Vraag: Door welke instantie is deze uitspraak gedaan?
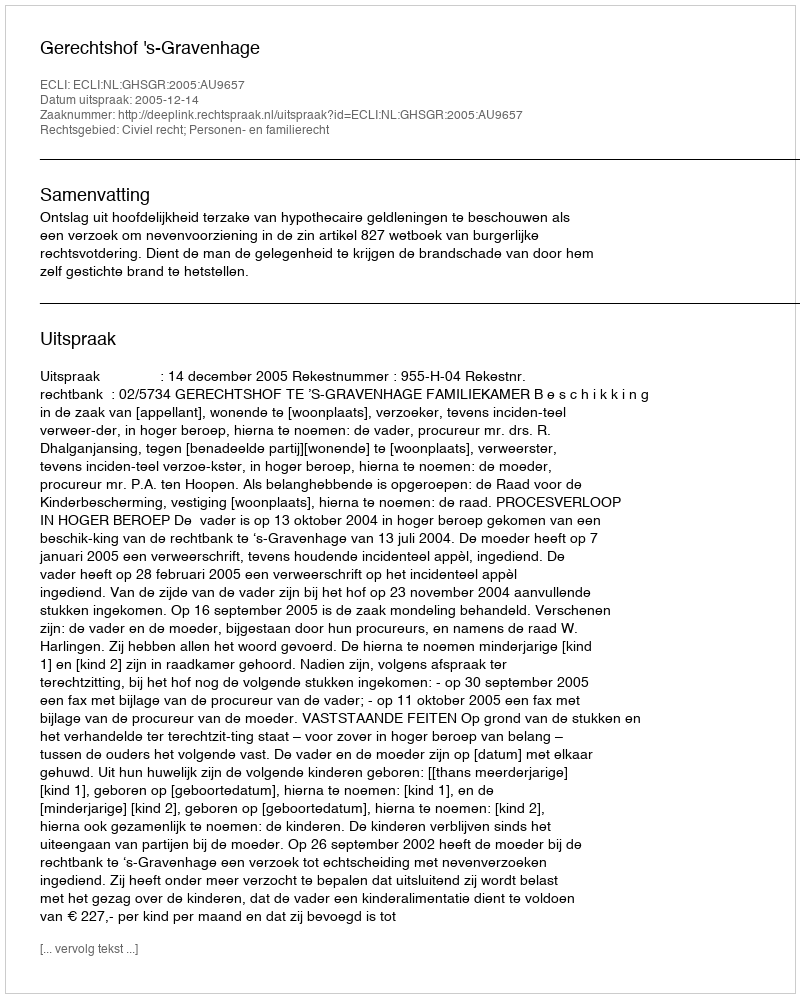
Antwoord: Gerechtshof 's-Gravenhage